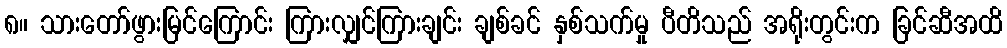
၈။ သားတော်ဖွားမြင်ကြောင်း ကြားလျှင်ကြားချင်း ချစ်ခင် နှစ်သက်မှု ပီတိသည် အရိုးတွင်းက ခြင်ဆီအထိ